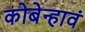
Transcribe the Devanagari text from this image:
कोबेन्हावं